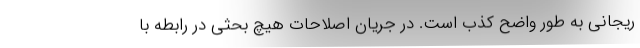
ریجانی به طور واضح کذب است. در جریان اصلاحات هیچ بحثی در رابطه با